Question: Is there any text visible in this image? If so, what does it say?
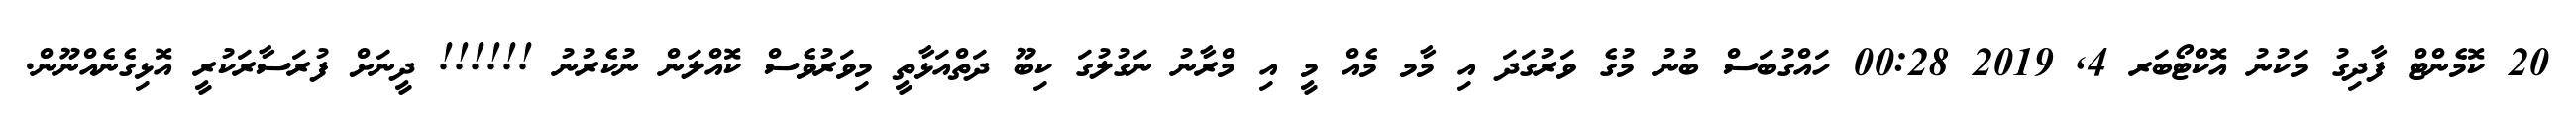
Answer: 20 ކޮމެންޓް ފާދިގު މަކުނު އޮކްޓޯބަރ 4, 2019 00:28 ހައްގުބަސް ބުނު މުގެ ވަރުގަދަ އި މާމ މެއް މީ އި މްރާނު ނަގުލުގަ ކިބޫ ދަތްއަޅާތީ މިވަރުވެސް ކޮއްލަން ނުކެރުނު !!!!!! ދީނަށް ފުރަސާރަކުރީ އޮޅިގެނެއްނޫން.